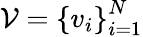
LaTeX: {\mathcal{V}}=\left\{ v_{i}\right\} _{i=1}^{N}